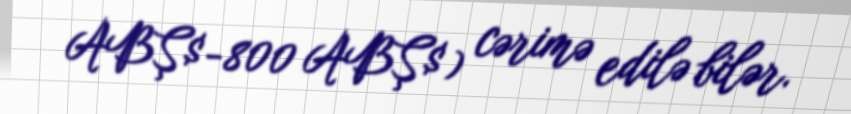
ABŞ$-800 ABŞ$) cərimə edilə bilər.